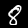
Digit: 8